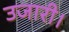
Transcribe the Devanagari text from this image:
उजारी।